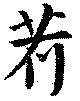
荷